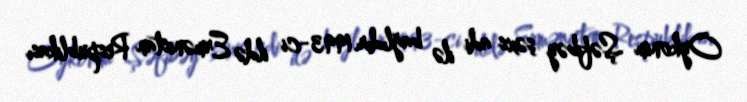
Oykonim Şəfibəy şəxs adi ilə bağlıdır.1993-ci ildə Ermənistan Respublikası